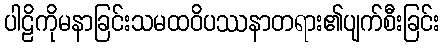
ပါဠိကိုမနာခြင်းသမထဝိပဿနာတရား၏ပျက်စီးခြင်း